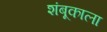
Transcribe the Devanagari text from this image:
शंबूकाला